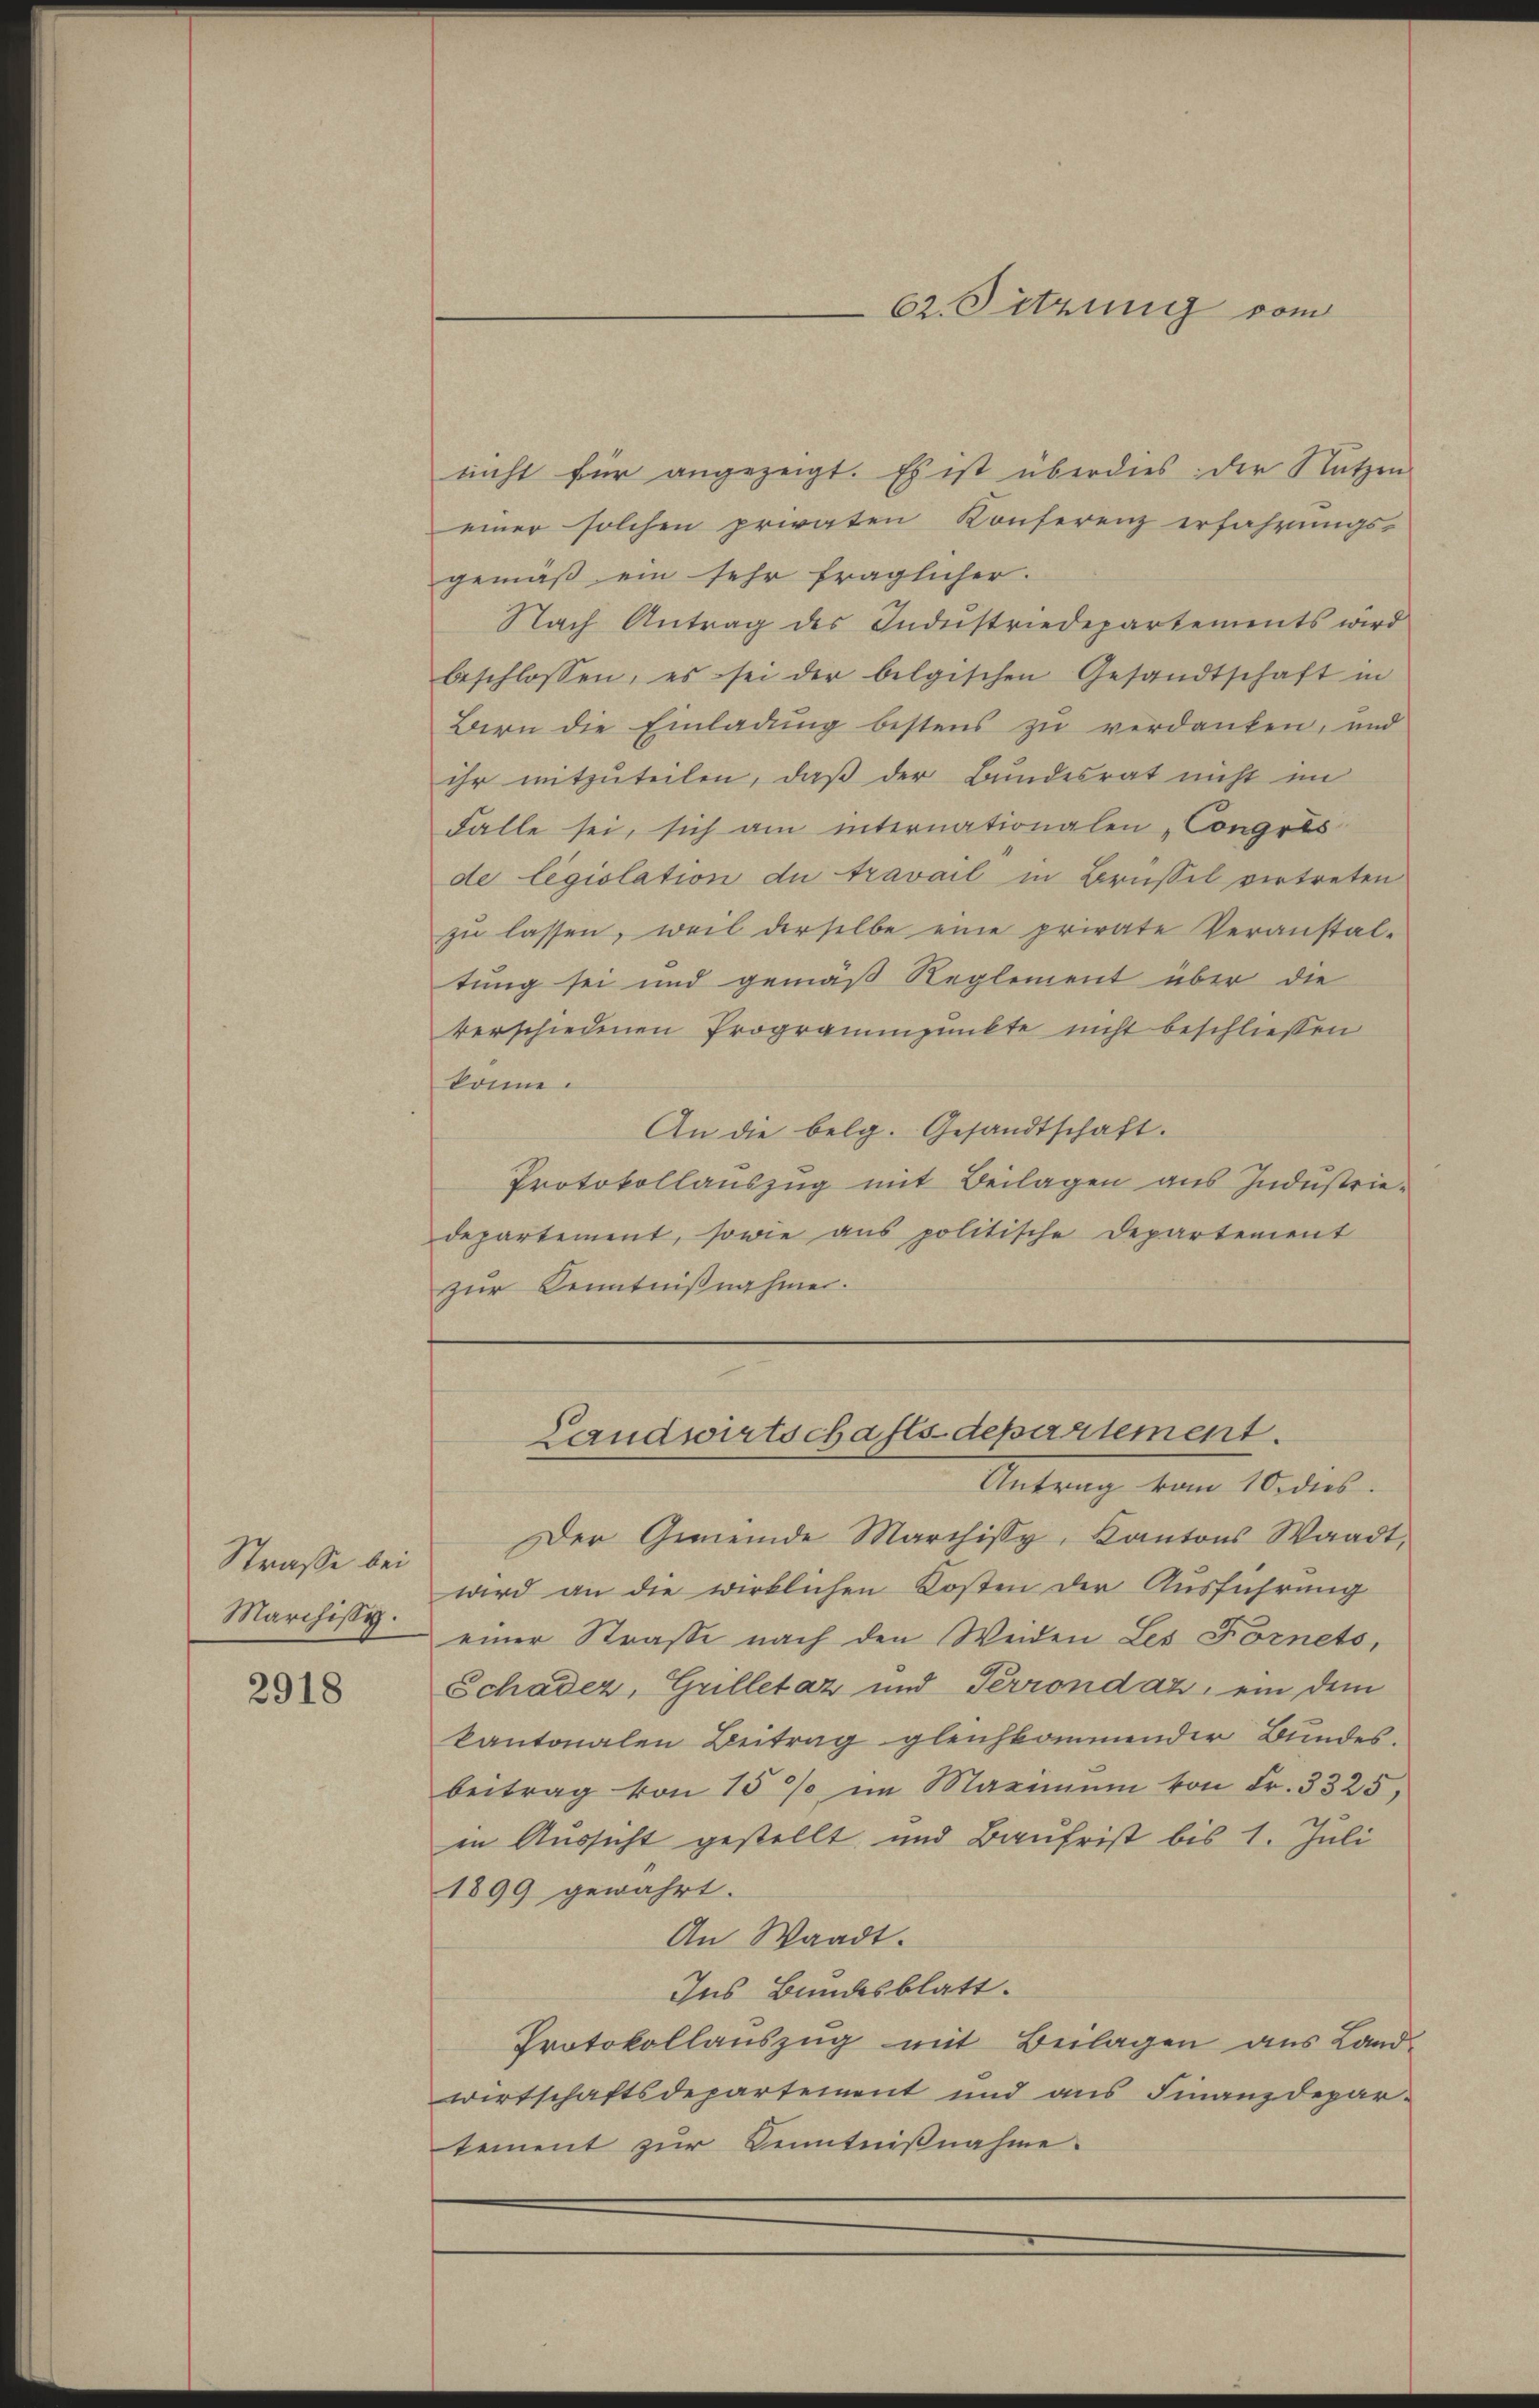
Straße bei
Marchissy.

2918

nicht für angezeigt. Es ist überdies: der Nutzen
einer solchen privaten Konferenz erfahrungs-
gemäß ein sehr fraglicher.
Nach Antrag des Industriedepartements wird
beschlossen, es sei der belgischen Gesandtschaft in
Bern die Einladung bestens zu verdanken, und
ihr mitzuteilen, daß der Bundesrat nicht im
Falle sei, sich am internationalen „Congres
de législation du travail in Brüssel vertreten
zŭ lassen, weil derselbe eine private Veranstal-
tung sei und gemäß Reglement über die
verschiedenen Programmpunkte nicht beschliessen
könne.
An die belg. Gesandtschaft.
Protokollauszug mit Beilagen aus Industriedepartement, sowie aus politische Departement
zur Kenntnißnahme.

Antrag vom 10. dies
Der Gemeinde Marchissy, Kantons Waadt,
wird an die wirklichen Kosten der Ausführung
einer Straße nach den Weiden Les Fornets,
Schader, Grilletaz und Terrondaz, ein dem
kantonalen Beitrag gleichkommender Bundes.
beitrag von 15 % im Maximum von Fr. 3325,
in Aussicht gestellt und Baufrist bis 1. Juli
1899 gewährt.
An Waadt.
Ins Bundesblatt.
Protokollauszug mit Beilagen aus Land-
wirtschaftsdepartement und aus Finanzdepar-
tement zur Kenntnißnahme.

62. Sitzung vom

Landwirtschafts-departement.